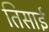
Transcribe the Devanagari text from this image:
तिसाई